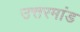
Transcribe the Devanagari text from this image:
उत्तरमांड